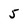
Character: 5